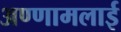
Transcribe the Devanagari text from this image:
अण्णामलाई